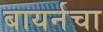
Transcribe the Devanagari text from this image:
बायर्नचा